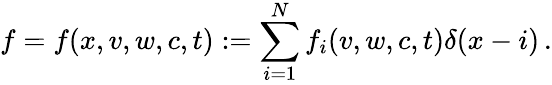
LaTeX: f=f(x,v,w,c,t):=\sum_{i=1}^{N}f_{i}(v,w,c,t)\delta(x-i)\, .